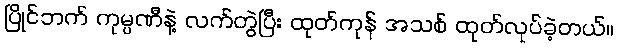
ပြိုင်ဘက် ကုမ္ပဏီနဲ့ လက်တွဲပြီး ထုတ်ကုန် အသစ် ထုတ်လုပ်ခဲ့တယ်။